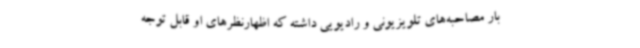
بار مصاحبه‌های تلویزیونی و رادیویی داشته که اظهارنظرهای او قابل توجه